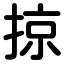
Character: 掠